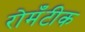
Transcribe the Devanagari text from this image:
रोमँटीक